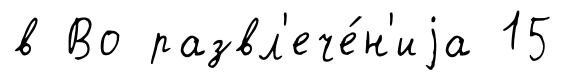
в Во развл'ече́н'иjа 15